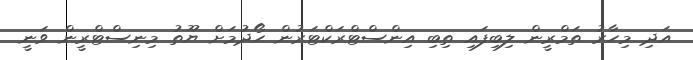
އަދި މިހާރު ތަމްރީން ލިބިފައި ތިބި އިންސްޓްރަކްޓަރުން ހޯދުމަށް ޔޫތު މިނިސްޓްރީން ވަނީ